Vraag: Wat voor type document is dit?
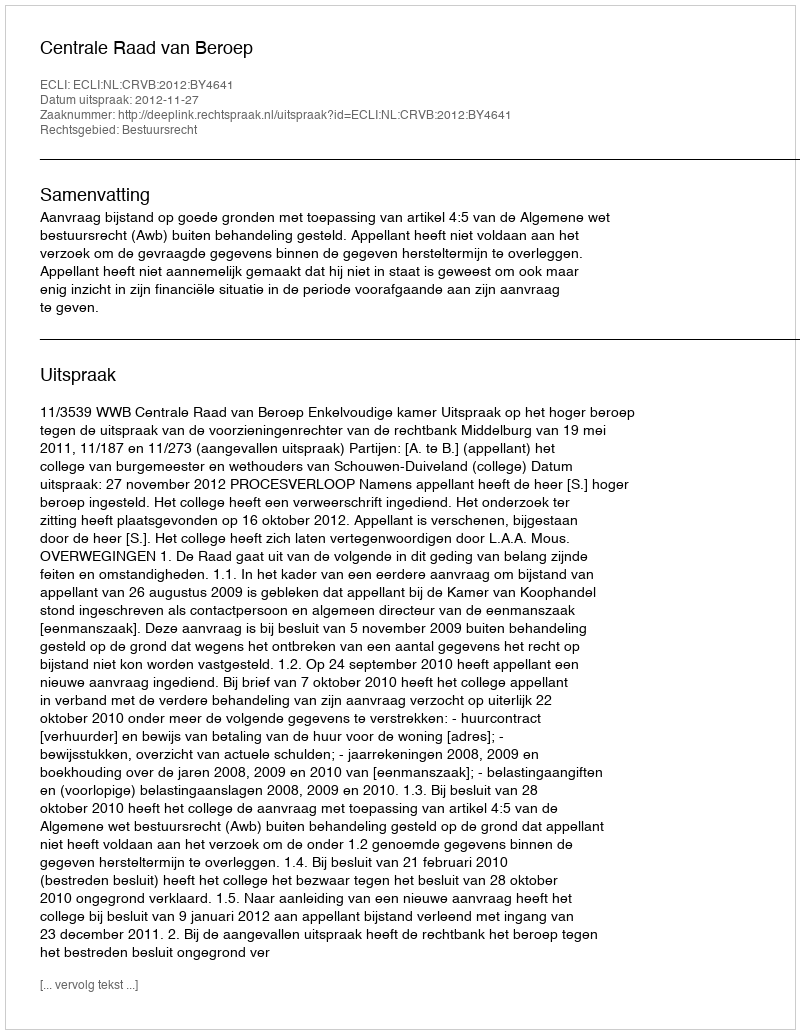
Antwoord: Uitspraak